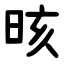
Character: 晐